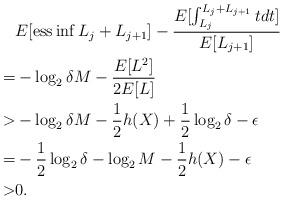
LaTeX: \begin{align*}&E[{\rm ess}\inf L_j+L_{j+1}]-\frac{E[\int_{L_j}^{L_j+L_{j+1}}t dt]}{E[L_{j+1}]}\\=&-\log_2{\delta M}-\frac{E[L^2]}{2E[L]}\\>&-\log_2{\delta M}-\frac{1}{2}h(X)+\frac{1}{2}\log_2{\delta}-\epsilon \\=&-\frac{1}{2}\log_2{\delta}-\log_2{M}-\frac{1}{2}h(X)-\epsilon \\>&0.\end{align*}